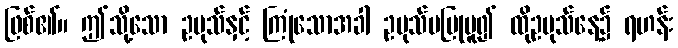
ဖြစ်၏။ ဤသို့သော ဥပုသ်နှင့် ကြုံသောအခါ ဥပုသ်မပြုမူ၍ ထိုဥပုသ်နေ့၌ ရဟန်း